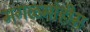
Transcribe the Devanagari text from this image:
मंगळमोहीम